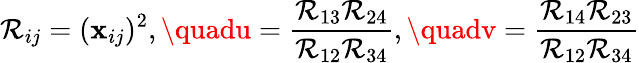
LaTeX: \mathcal{R}_{ij}=(\mathbf{x}_{ij})^{2},\quadu=\frac{{\mathcal{R}_{13}\mathcal{R}_{24}}}{{\mathcal{R}_{12}\mathcal{R}_{34}}},\quadv=\frac{{\mathcal{R}_{14}\mathcal{R}_{23}}}{{\mathcal{R}_{12}\mathcal{R}_{34}}}